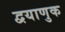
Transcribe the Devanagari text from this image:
द्वयाणुक